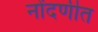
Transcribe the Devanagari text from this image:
नोंदणीत